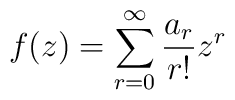
f(z)=\sum^{\infty}_{r=0}\frac{a_{r}}{r!}z^{r}